Civil Veterinary Department Bengal reports 1923-33 - 1923-1933
Year: 1923
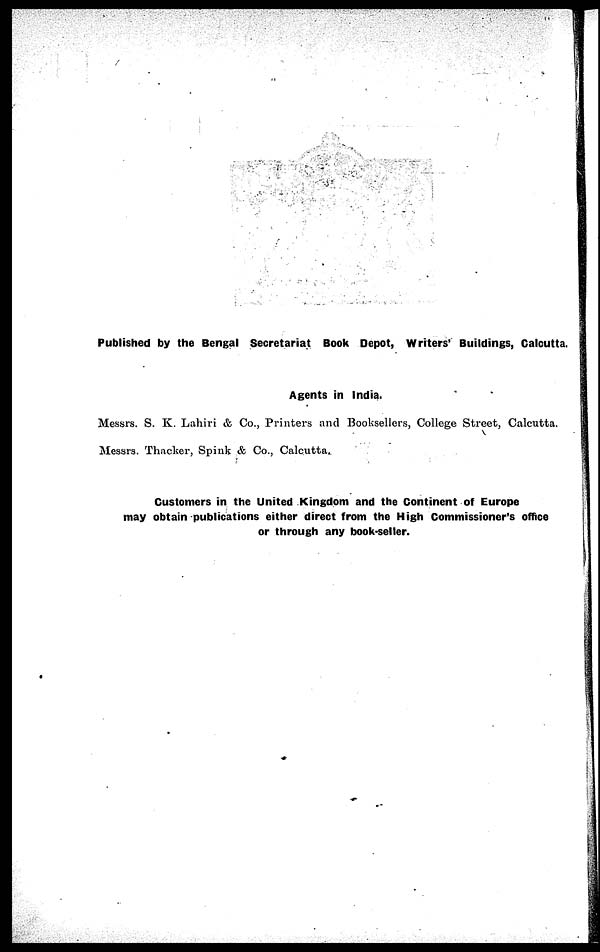
Published by the Bengal Secretariat Book Depot, Writers' Buildings, Calcutta.
Agents in India.
Messrs. S. K. Lahiri & Co., Printers and Booksellers, College Street, Calcutta.
Messrs. Thacker, Spink & Co., Calcutta.
Customers in the United Kingdom and the Continent of Europe
may obtain publications either direct from the High Commissioner's office
or through any book-seller.